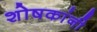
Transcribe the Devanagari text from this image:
शोषकांनी